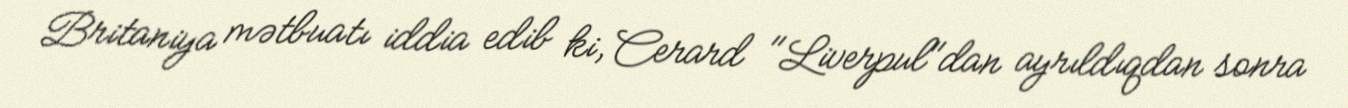
Britaniya mətbuatı iddia edib ki, Cerard "Liverpul"dan ayrıldıqdan sonra